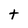
Character: t